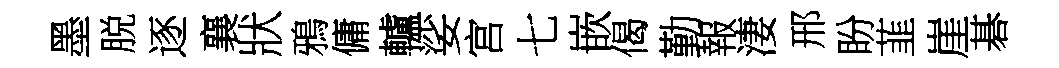
墨脱逐襄狀鴉傭轤娑宫七嵌偈勤報淒邢盼韮崖碁